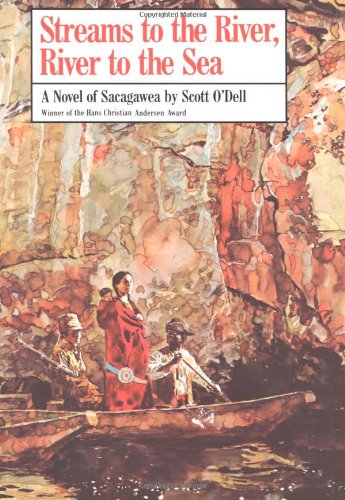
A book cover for Streams to the River, River to the Sea: A Novel of Sacagawea; Scott O'Dell; Teen & Young Adult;